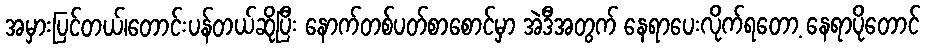
အမှားပြင်တယ်၊တောင်းပန်တယ်ဆိုပြီး နောက်တစ်ပတ်စာစောင်မှာ အဲဒီအတွက် နေရာပေးလိုက်ရတော့ နေရာပိုတောင်